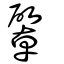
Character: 𢿭